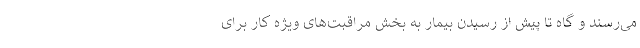
می‌رسند و گاه تا پیش از رسیدن بیمار به بخش مراقبت‌های ویژه کار برای